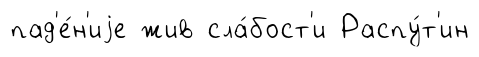
пад'е́н'иjе жив сла́бост'и Распу́т'ин